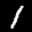
Label: 1